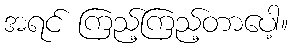
အရင် ကြည့်ကြည့်တာပေါ့။